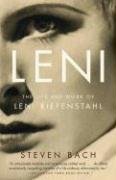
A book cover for Leni: The Life and Work of Leni Riefenstahl; Steven Bach; Biographies & Memoirs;